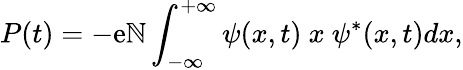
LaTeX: P(t)=-\mathrm{e}\mathbb{N}\int_{-\infty}^{+\infty}\psi(x,t)\ x\ \psi^{*}(x,t)dx,